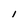
Character: l